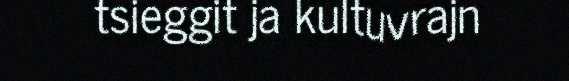
tsieggit ja kultuvrajn